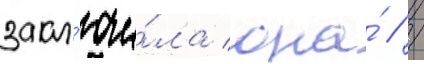
закл'ючи́ла она́ // /